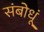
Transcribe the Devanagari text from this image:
संबोधूं